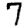
Digit: 7